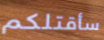
سأقتلكم